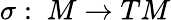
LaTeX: \sigma:\mathrm{~}M\to TM